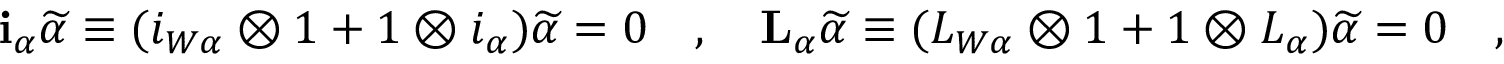
\mathbf { i } _ { \alpha } \widetilde \alpha \equiv ( i _ { W \alpha } \otimes 1 + 1 \otimes i _ { \alpha } ) \widetilde \alpha = 0 \quad , \quad \mathbf { L } _ { \alpha } \widetilde \alpha \equiv ( L _ { W \alpha } \otimes 1 + 1 \otimes L _ { \alpha } ) \widetilde \alpha = 0 \quad ,